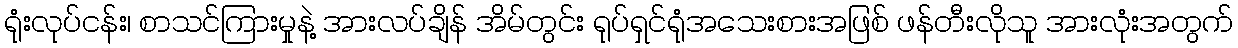
ရုံးလုပ်ငန်း၊ စာသင်ကြားမှုနဲ့ အားလပ်ချိန် အိမ်တွင်း ရုပ်ရှင်ရုံအသေးစားအဖြစ် ဖန်တီးလိုသူ အားလုံးအတွက်